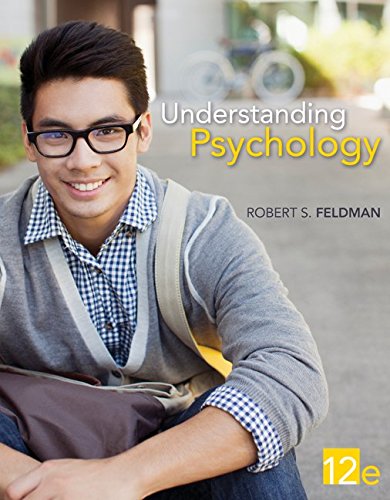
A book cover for Understanding Psychology; Robert Feldman; Medical Books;